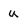
Character: u